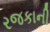
રજકાની